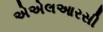
એએલઆરસી